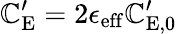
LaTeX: \mathbb{C}_{\mathrm{{E}}}^{\prime}=2\epsilon_{\mathrm{{eff}}}\mathbb{C}_{\mathrm{{E}},0}^{\prime}